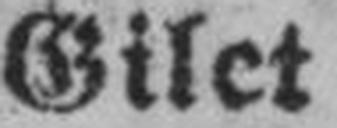
Gilet